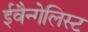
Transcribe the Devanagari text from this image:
ईवैन्गेलिस्ट